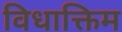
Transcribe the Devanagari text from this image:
विधाक्तिम